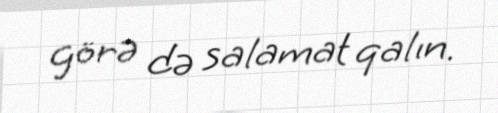
görə də salamat qalın.